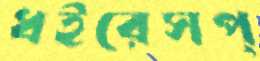
ধইরেসপ্